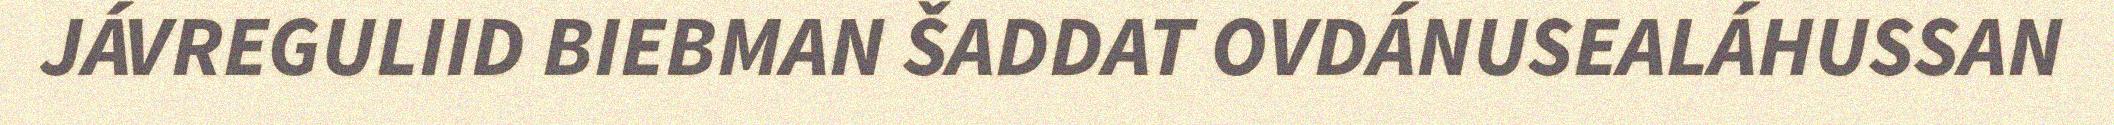
JÁVREGULIID BIEBMAN ŠADDAT OVDÁNUSEALÁHUSSAN